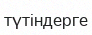
түтіндерге